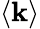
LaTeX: \langle\mathbf{k}\rangle